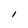
Character: l